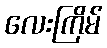
လေးကြိမ်